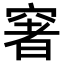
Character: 𥧏